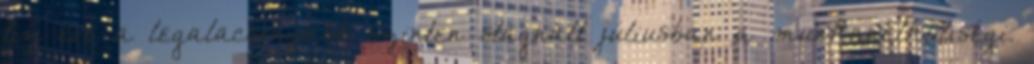
tíz éve a legalacsonyabb szinten stagnált júliusban a munkanélküliségi.